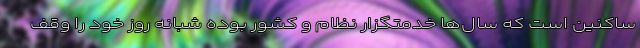
ساکنین است که سال‌ها خدمتگزار نظام و کشور بوده شبانه روز خود را وقف